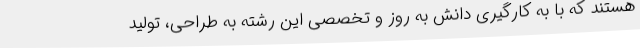
هستند که با به کارگیری دانش به روز و تخصصی این رشته به طراحی، تولید